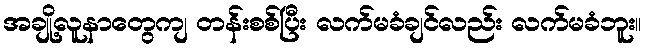
အချို့လူနာတွေကျ တန်းစစ်ပြီး လက်မခံချင်လည်း လက်မခံဘူး။